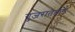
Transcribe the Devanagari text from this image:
गुजरातेतले